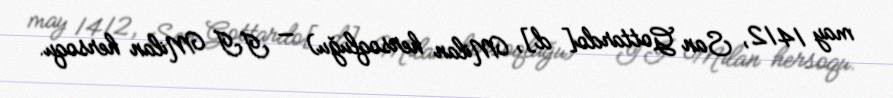
may 1412, San Gottardo[d], Milan hersoqluğu) — II Milan hersoqu.